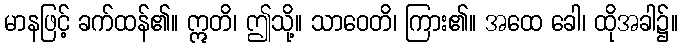
မာနဖြင့် ခက်ထန်၏။ ဣတိ၊ ဤသို့။ သာဝေတိ၊ ကြား၏။ အထေ ခေါ၊ ထိုအခါ၌။